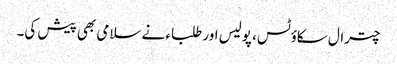
چترال سکاؤٹس، پولیس اور طلباء نے سلامی بھی پیش کی۔